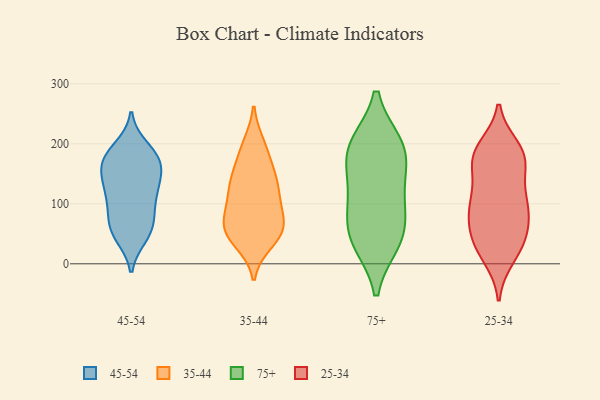
{"axis": {"x": "Bounce Rate (%)", "y": "Value"}, "legend": ["25-34", "35-44", "45-54", "75+"], "data": [{"x": "", "y": 194, "type": "45-54"}, {"x": "", "y": 169, "type": "45-54"}, {"x": "", "y": 76, "type": "45-54"}, {"x": "", "y": 154, "type": "45-54"}, {"x": "", "y": 136, "type": "45-54"}, {"x": "", "y": 47, "type": "45-54"}, {"x": "", "y": 78, "type": "45-54"}, {"x": "", "y": 177, "type": "45-54"}, {"x": "", "y": 55, "type": "45-54"}, {"x": "", "y": 167, "type": "45-54"}, {"x": "", "y": 95, "type": "45-54"}, {"x": "", "y": 57, "type": "45-54"}, {"x": "", "y": 136, "type": "45-54"}, {"x": "", "y": 120, "type": "45-54"}, {"x": "", "y": 110, "type": "45-54"}, {"x": "", "y": 157, "type": "45-54"}, {"x": "", "y": 45, "type": "45-54"}, {"x": "", "y": 188, "type": "45-54"}, {"x": "", "y": 179, "type": "45-54"}, {"x": "", "y": 118, "type": "45-54"}, {"x": "", "y": 58, "type": "35-44"}, {"x": "", "y": 152, "type": "35-44"}, {"x": "", "y": 63, "type": "35-44"}, {"x": "", "y": 138, "type": "35-44"}, {"x": "", "y": 36, "type": "35-44"}, {"x": "", "y": 64, "type": "35-44"}, {"x": "", "y": 56, "type": "35-44"}, {"x": "", "y": 196, "type": "35-44"}, {"x": "", "y": 99, "type": "35-44"}, {"x": "", "y": 128, "type": "35-44"}, {"x": "", "y": 84, "type": "35-44"}, {"x": "", "y": 43, "type": "35-44"}, {"x": "", "y": 173, "type": "35-44"}, {"x": "", "y": 47, "type": "35-44"}, {"x": "", "y": 93, "type": "35-44"}, {"x": "", "y": 135, "type": "35-44"}, {"x": "", "y": 199, "type": "35-44"}, {"x": "", "y": 122, "type": "35-44"}, {"x": "", "y": 87, "type": "75+"}, {"x": "", "y": 41, "type": "75+"}, {"x": "", "y": 168, "type": "75+"}, {"x": "", "y": 47, "type": "75+"}, {"x": "", "y": 198, "type": "75+"}, {"x": "", "y": 104, "type": "75+"}, {"x": "", "y": 36, "type": "75+"}, {"x": "", "y": 195, "type": "75+"}, {"x": "", "y": 196, "type": "75+"}, {"x": "", "y": 133, "type": "75+"}, {"x": "", "y": 176, "type": "25-34"}, {"x": "", "y": 163, "type": "25-34"}, {"x": "", "y": 97, "type": "25-34"}, {"x": "", "y": 82, "type": "25-34"}, {"x": "", "y": 183, "type": "25-34"}, {"x": "", "y": 44, "type": "25-34"}, {"x": "", "y": 187, "type": "25-34"}, {"x": "", "y": 176, "type": "25-34"}, {"x": "", "y": 99, "type": "25-34"}, {"x": "", "y": 57, "type": "25-34"}, {"x": "", "y": 11, "type": "25-34"}, {"x": "", "y": 122, "type": "25-34"}, {"x": "", "y": 171, "type": "25-34"}, {"x": "", "y": 17, "type": "25-34"}, {"x": "", "y": 104, "type": "25-34"}, {"x": "", "y": 68, "type": "25-34"}, {"x": "", "y": 39, "type": "25-34"}, {"x": "", "y": 106, "type": "25-34"}, {"x": "", "y": 33, "type": "25-34"}, {"x": "", "y": 193, "type": "25-34"}]}